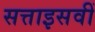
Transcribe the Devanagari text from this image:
सत्ताइसवीं